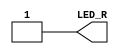
module main (output  LED_R);
assign LED_R = 1'b1;
endmodule